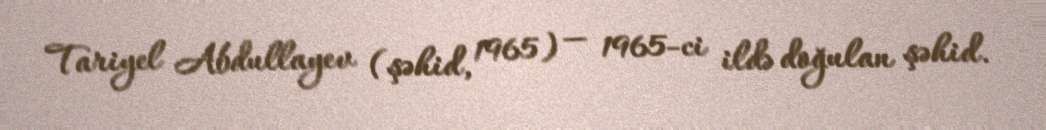
Tariyel Abdullayev (şəhid, 1965) — 1965-ci ildə doğulan şəhid.